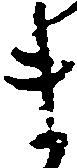
ま